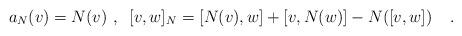
LaTeX: \begin{align*}a_N(v) = N(v)\ ,\;\; [v,w]_N=[N(v),w] + [v,N(w)] - N([v,w]) \;\;\; \;.\end{align*}